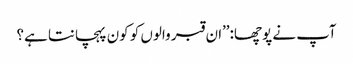
آپ نے پوچھا:’’ان قبر والوں کو کون پہچانتا ہے؟